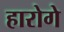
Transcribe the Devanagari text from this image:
हारोगे